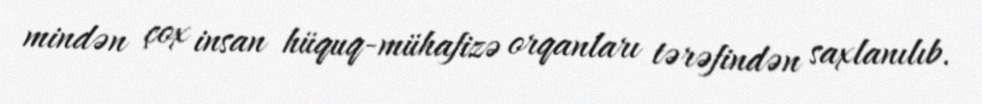
mindən çox insan hüquq-mühafizə orqanları tərəfindən saxlanılıb.